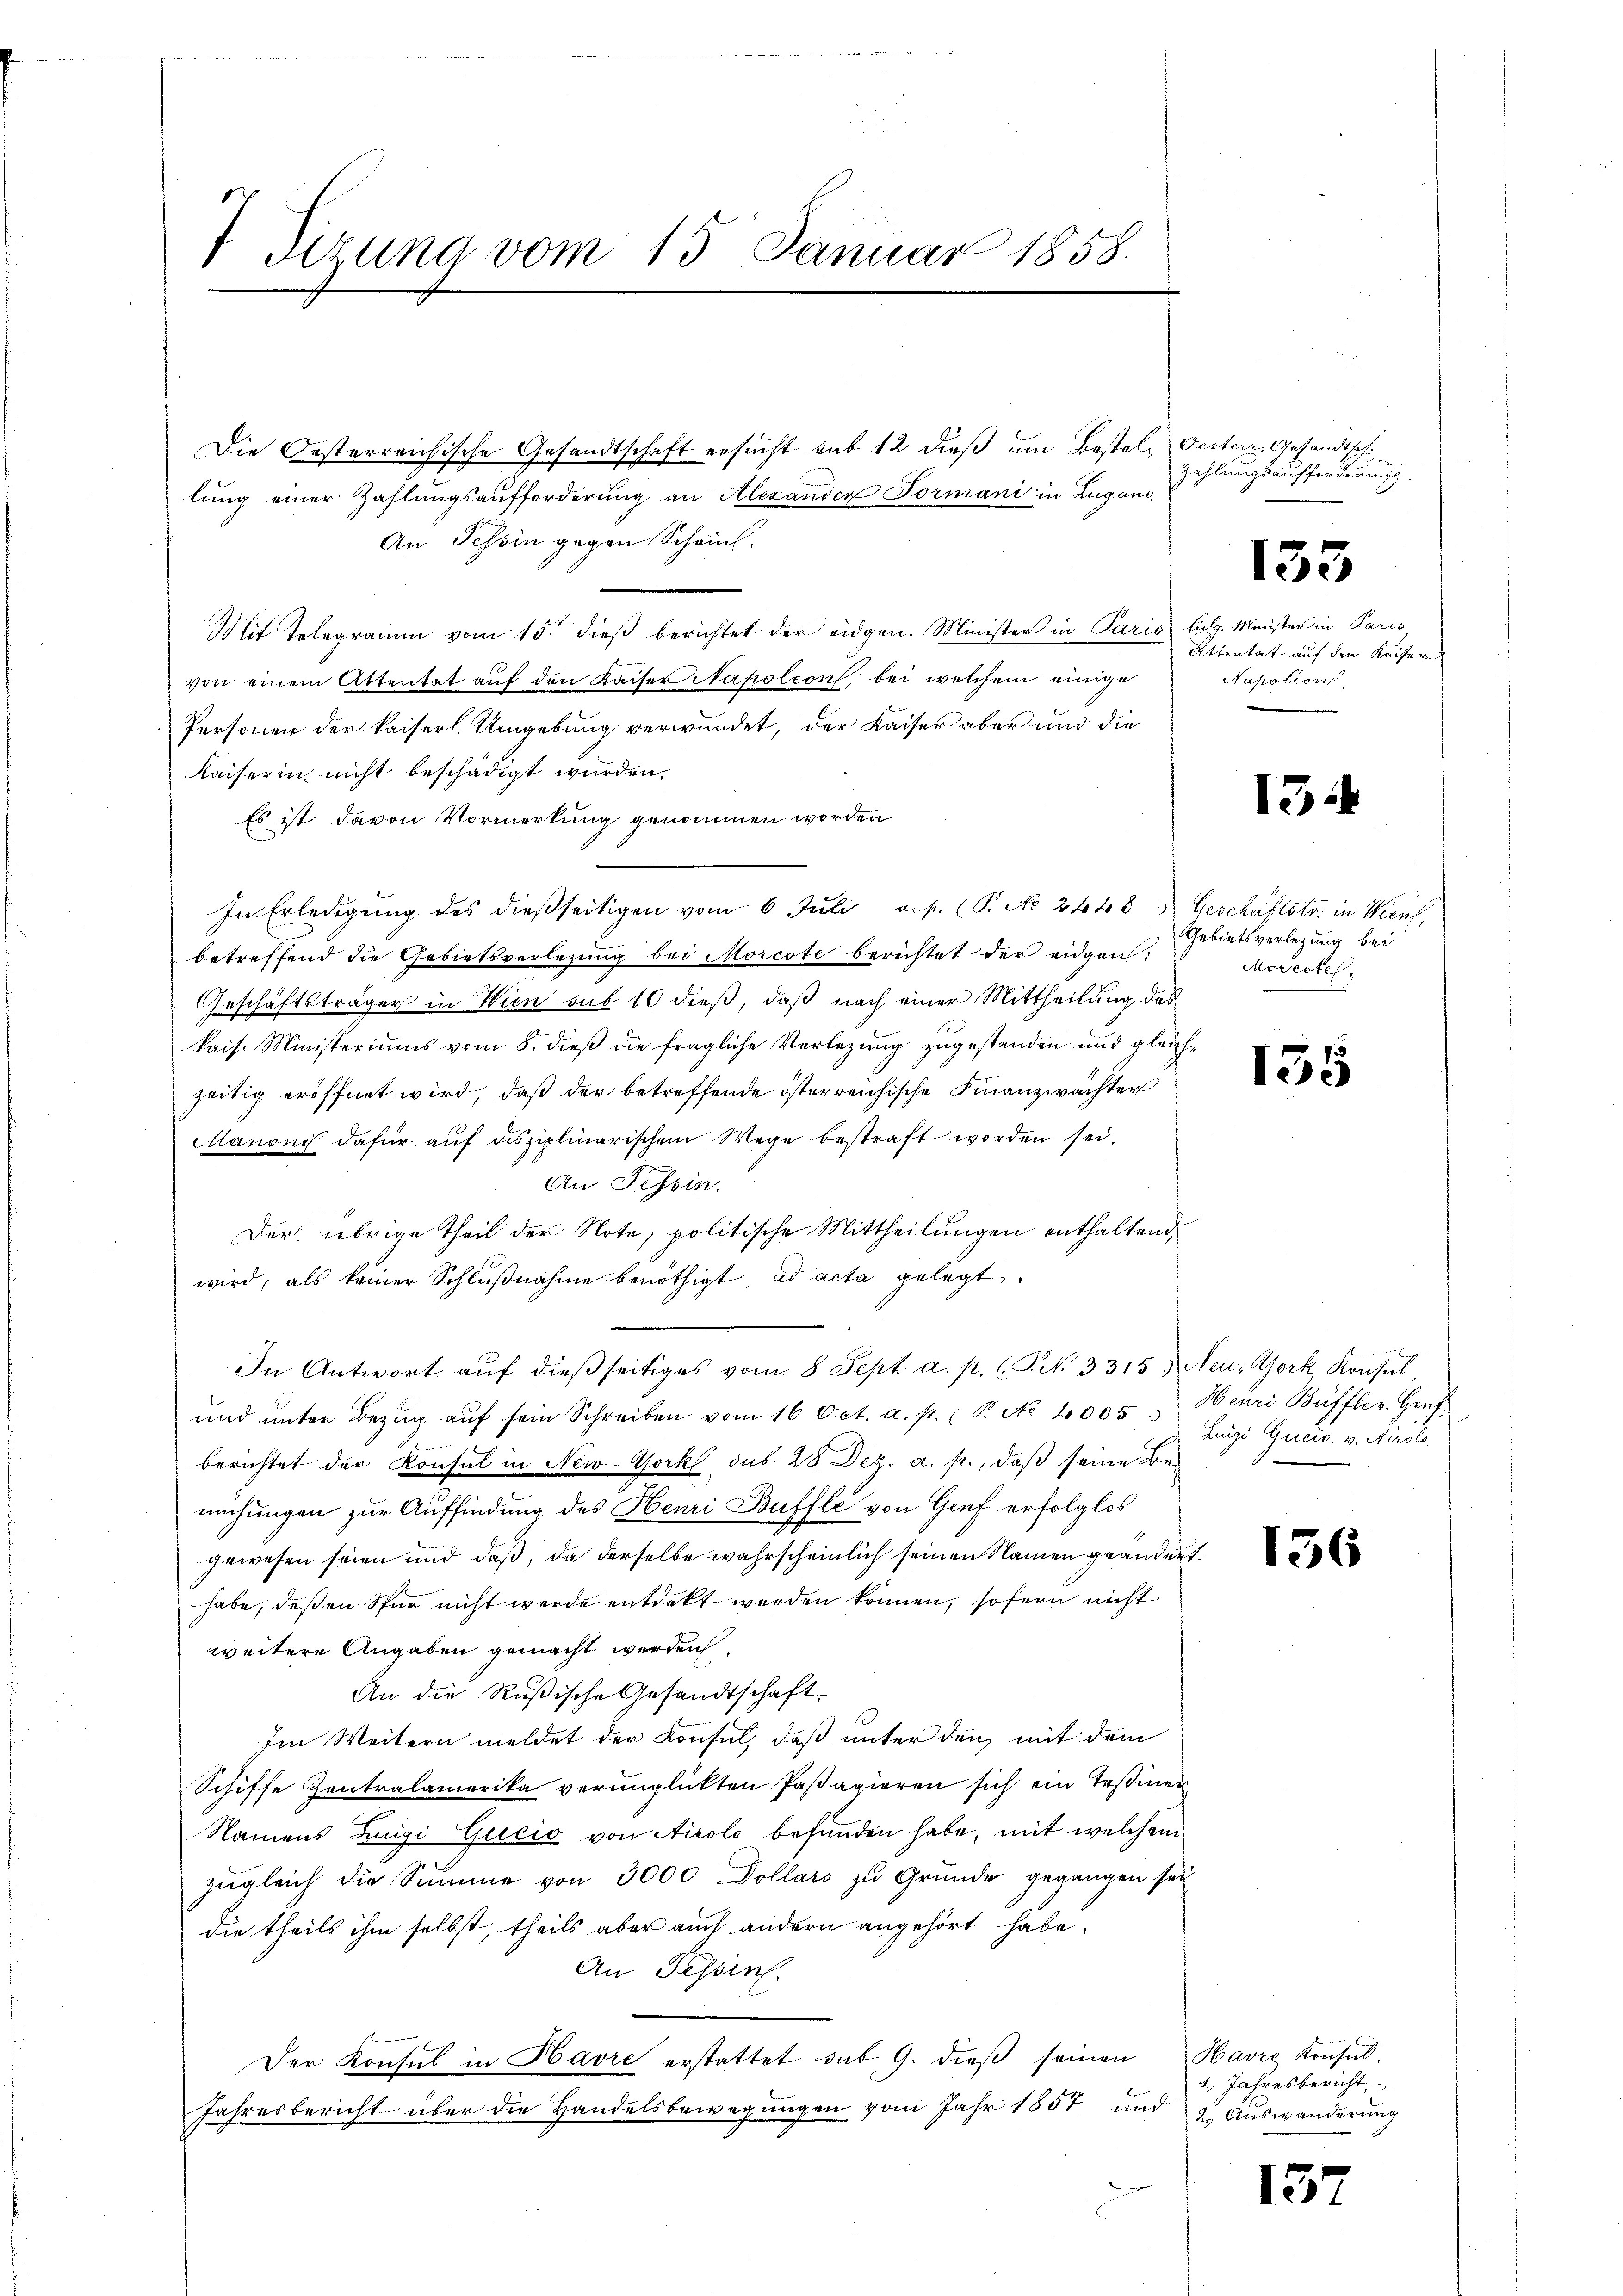
V Stzung vom 15. Januar 1858.

Die Oesterreichische Gesandtschaft ersucht sub 12 dieß um Bestel, Gesterr. Gesandtsch.
lung einer Zahlungsaufforderung an Alexander Formani in Lugano
An Tessin gegen Schein.
Mit Telegramm vom 15. dieß berichtet der eidgen. Minister in Paris Eidg. Minister in Paris,
von einem Attentat auf den Kaiser Napoleon, bei welchem einige
Personen der kaiserl. Umgebung verwundet, der Kaiser aber und die
Kaiserin nicht beschädigt wurden.
Es ist davon Vormerkung genommen worden
In Erledigung des dießseitigen vom 6. Juli a. p. (T. No. 2448.   Geschäftstr. in Wienf,
betreffend die Gebietsverlegung bei Morcote berichtet der eidgen:
Geschäftsträger in Wien sub 10 dieß, daß nach einer Mittheilung des
kais. Ministeriums vom 8. dieß die fragliche Verlegung zugestanden und gleichzeitig eröffnet wird, daß der betreffende österreichische Finanzwächter
anoni dafür auf disziplinarischem Wege bestraft worden sei.
An Tessin.
Der übrige Theil der Note, politische Mittheilungen enthaltend,
wird, als keiner Schlŭβnahme benöthigt, ad acta gelegt.
In Antwort auf dießseitiges vom 8 Sept. a. p. (T. N. 3315. Neu, York Konsul
ŭnd ŭnter Bezŭg aŭf sein Schreiben vom 16 Oct. a. p. (T. No 1005 " Henri Büffler. Genf
berichtet der Konsul in New-York sub 28 Dez. a. p., daß seine Bemühungen zur Auffindung des Henri Buffle von Graf erfolglos
gewesen seien und daß, da derselbe wahrscheinlich seinen Namen geändert
habe, deßen Spur nicht werde entdeckt werden können, sofern nicht
weitere Angaben gemacht werden,
An die Rußische Gesandtschaft
Im Weitern meldet der Konsul, daß unter den mit dem
Schiffe Zentralamerika verunglückten Paßagieren sich ein Teßiner
Namens Jungi Gucio von Airolo befunden habe, mit welchem
zugleich die Summe von 3000 Dollars zu Grunde gegangen sei
die theils ihm selbst, theils aber auch andern angehört habe.
An Tessin.
Der Konsul in Havre erstattet sub 9. dieß seinen
Jahresbericht über die Handelsbewegungen vom Jahr 1857 und

Zahlungsaufforderung.

133

Attentat auf den Kaiser
Napoleons

13

Gebietsverlegung bei
Morectel.

155

Luigi Quais, v. Seidle

136

Havre Konsul
1. Jahresbericht
2. Auswanderung

137